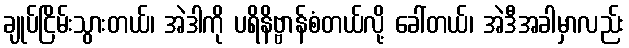
ချုပ်ငြိမ်းသွားတယ်၊ အဲဒါကို ပရိနိဗ္ဗာန်စံတယ်လို့ ခေါ်တယ်၊ အဲဒီအခါမှာလည်း